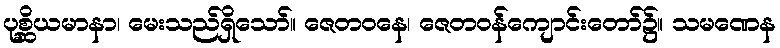
ပုစ္ဆိယမာနာ၊ မေးသည်ရှိသော်။ ဇေတဝနေ၊ ဇေတဝန်ကျောင်းတော်၌။ သမဏေန